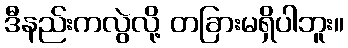
ဒီနည်းကလွဲလို့ တခြားမရှိပါဘူး။